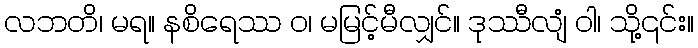
လဘတိ၊ မရ။ နစိရေဿ ဝ၊ မမြင့်မီလျှင်။ ဒုဿီလျံ ဝါ၊ သို့၎င်း။